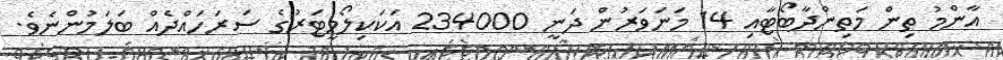
އާންމު ތިން މަތިންދާބޯޓާއި 14 މަނަވަރުން ދަނީ 234000 އަކަކިލޯމީޓަރުގެ ސަރަހައްދެއް ބަލަމުންނެވެ.